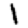
Digit: 1